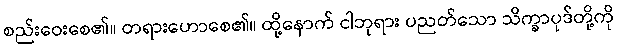
စည်းဝေးစေ၏။ တရားဟောစေ၏။ ထို့နောက် ငါဘုရား ပညတ်သော သိက္ခာပုဒ်တို့ကို